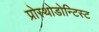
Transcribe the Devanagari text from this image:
प्रोस्थोडोन्टिस्ट